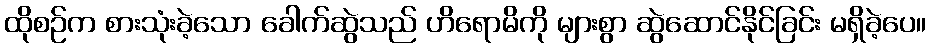
ထိုစဉ်က စားသုံးခဲ့သော ခေါက်ဆွဲသည် ဟိရောမိကို များစွာ ဆွဲဆောင်နိုင်ခြင်း မရှိခဲ့ပေ။